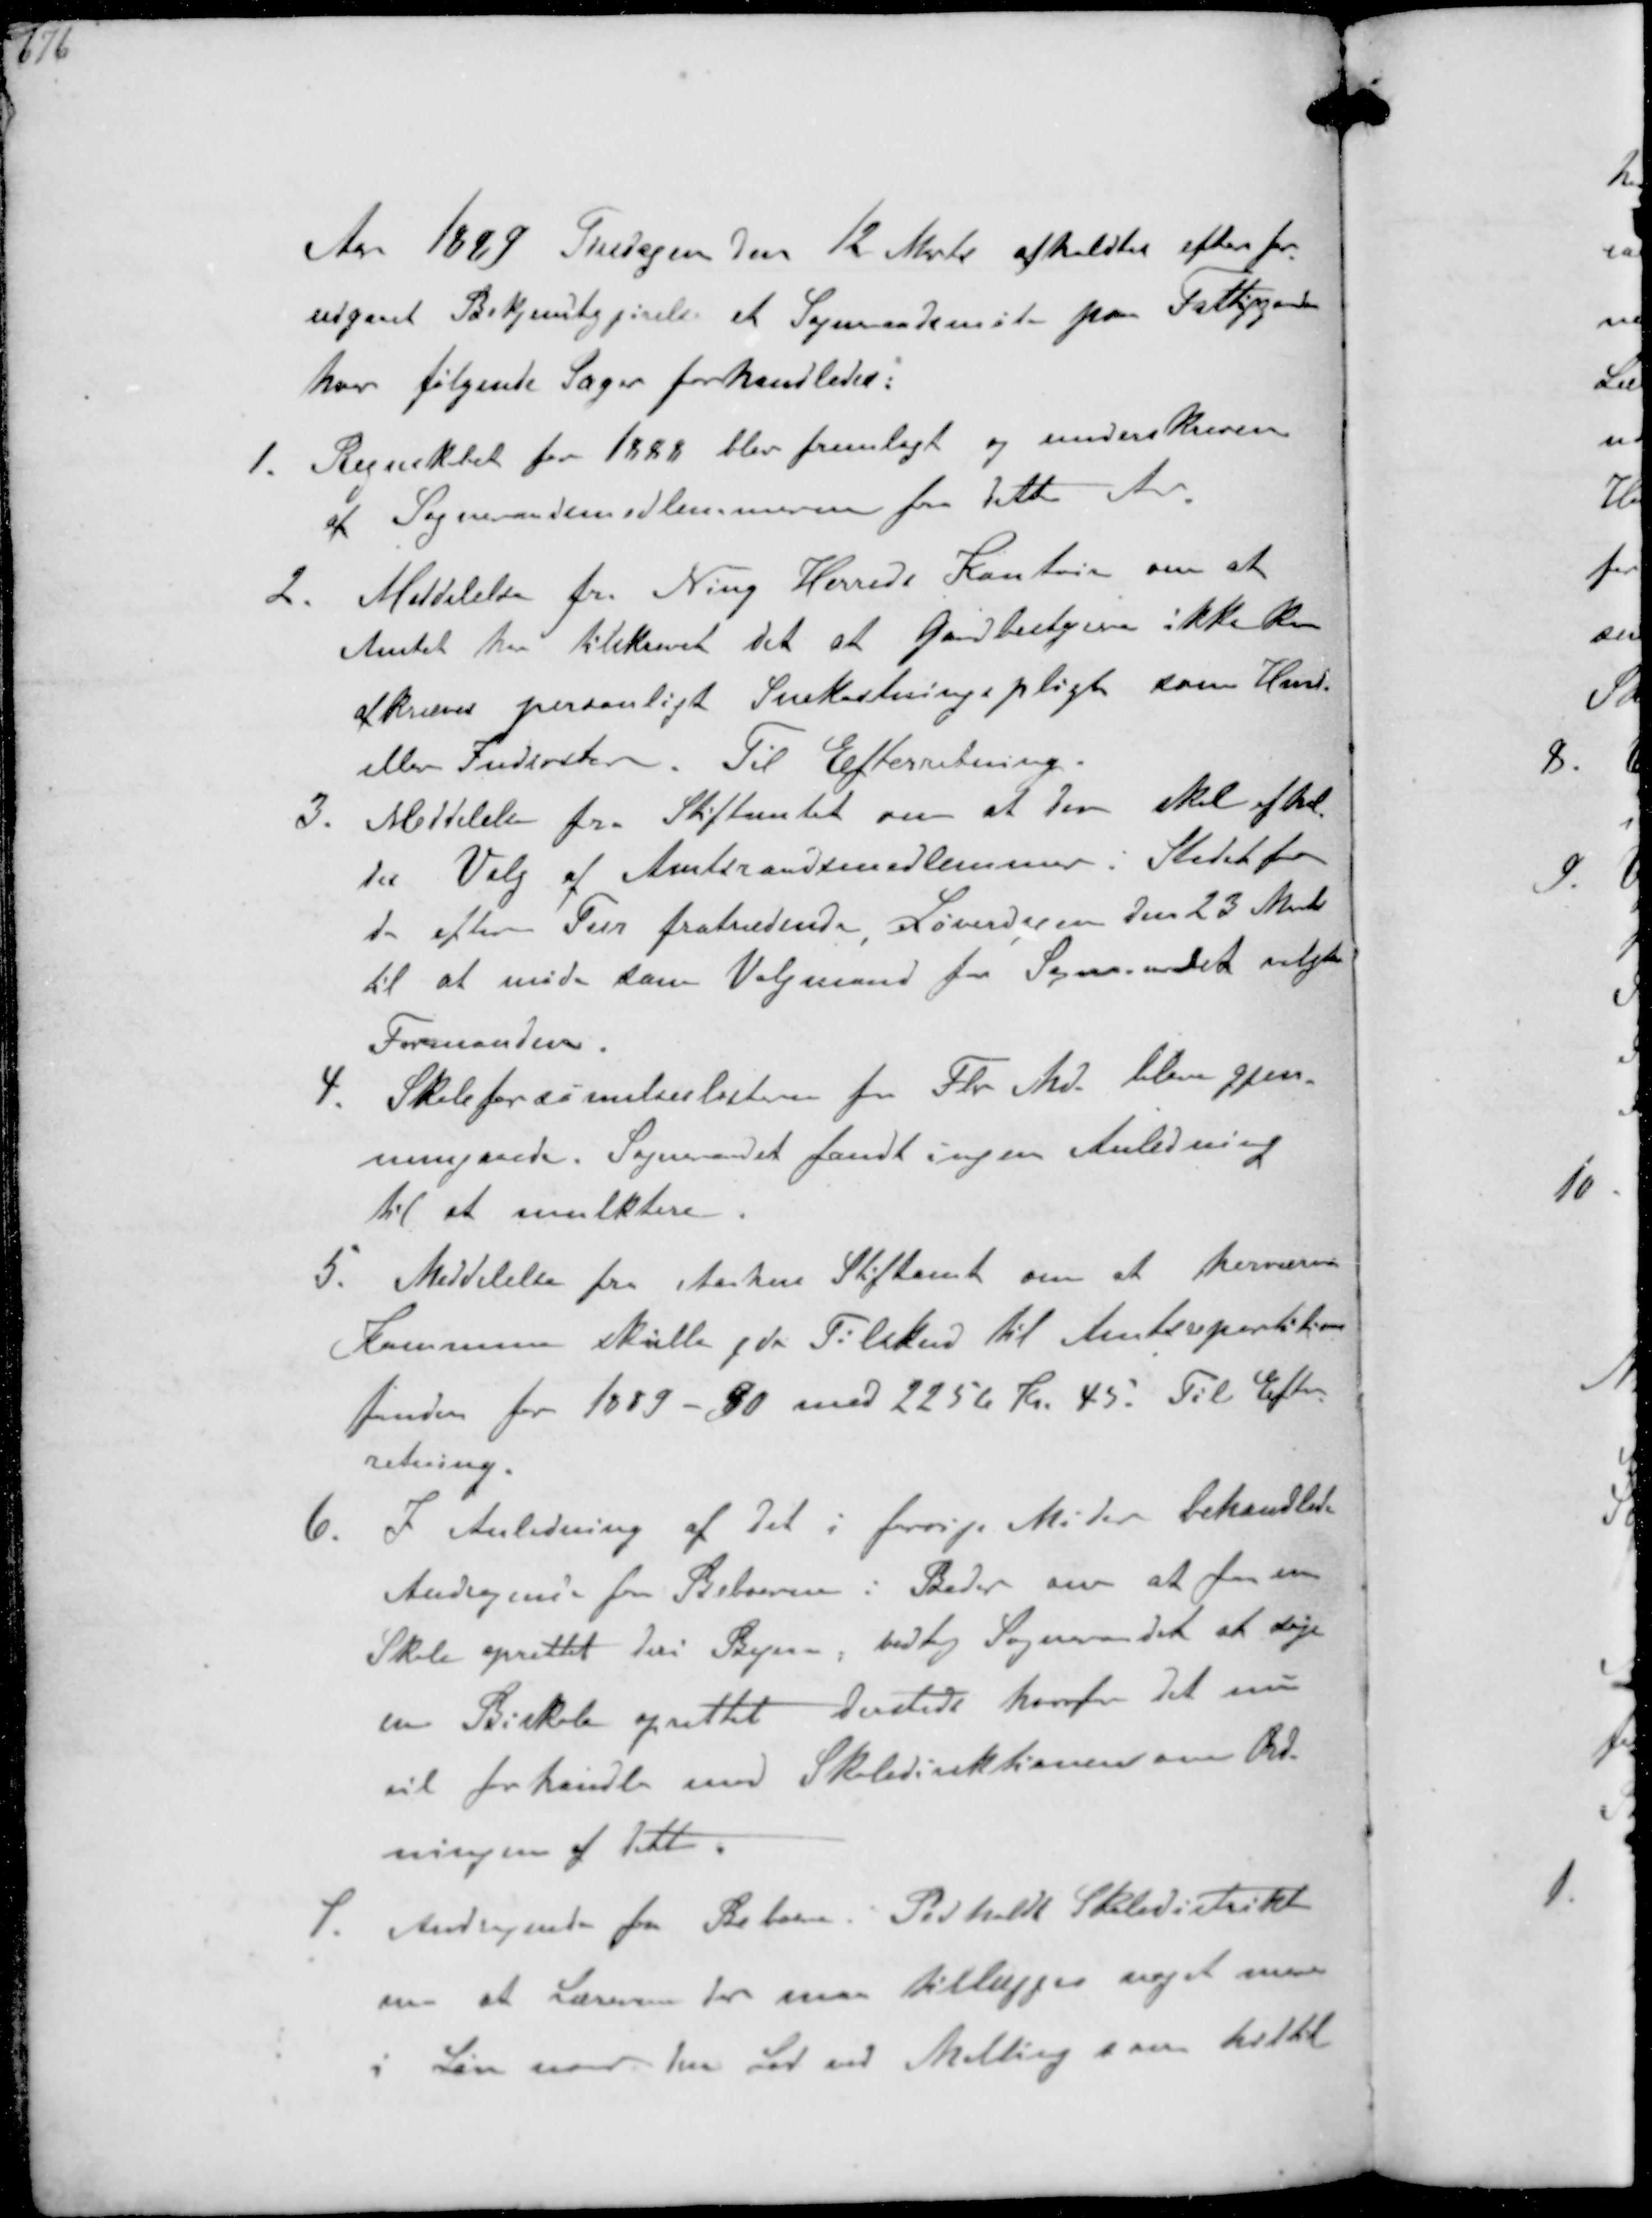
Transskription:
Aar 1889 Tirsdagen den 12 Marts afholdtes efter for-
udgaaet Bekjentgørelse et Sogneraadsmøde paa Fattiggaarden
hvor følgende Sager forhandledes:
1. Regnskabet for 1888 blev fremlagt og underskreven
af Sogneraadsmedlemmerne fra dette Aar
2. Meddelelse fra Ning Herreds Kontor om at
Amtet har tilskrevet det at Gaardbestyrere ikke kan
afkræves personligt Snekastningspligt som Hmd
eller Indsidder. Til Efterretning
3. Meddelelse fra Stiftamtet om at der skal afhol-
des Valg af Amtsraadsmedlemmer i Stedet for
de efter Tur fratrædende Løverdagen den 23 Marts
til at møde som Valgmand for Sogneraadet valgtes
Formanden
4. Skoleforsømmelseslisterne for Fbr. Md. blev gjen-
nemgaaede. Sogneraadet fandt ingen Anledning
til at mulktere
5. Meddelelse fra Aarhus Stiftamt om at herværende
Kommune skulle yde Tilskud til Amtsrepartition-
fonden for 1889 - 90 med 2256 Kr. 45. Til Efter-
retning.
6.
I Anledning af det i forrige Møde behandlede
Andragende fra Beboere i Beder om at faa en
Skole oprettet deri Byen, vedtog Sogneraadet at søge
en Biskole oprettet dersteds hvorfor det nu
vil forhandle med Skoledirektionen om Ord-
ningen af dette
7. Andragende fra Beboere Pedholdt Skoledistrikt
om at Læreren der maa tillægges noget mere
i Løn naar hans Lod ved Malling som hidtil